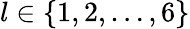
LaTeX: l\in\{ 1,2,\dots,6\}